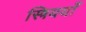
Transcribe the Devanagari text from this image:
स्त्रिययाँ